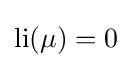
\mathrm {li} (\mu )=0